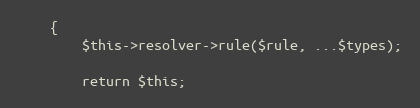
Language: PHP
    {
        $this->resolver->rule($rule, ...$types);

        return $this;